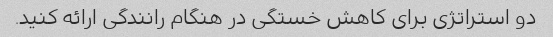
دو استراتژی برای کاهش خستگی در هنگام رانندگی ارائه کنید.